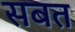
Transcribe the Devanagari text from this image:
सबत